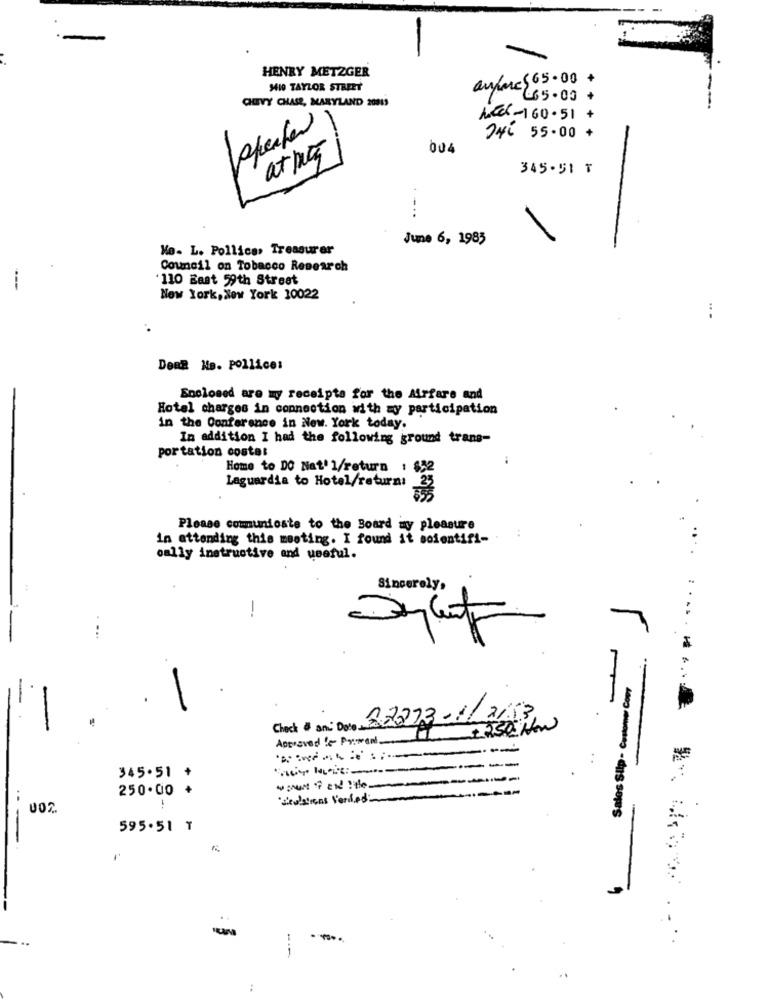
HENRY METZGER
anfore$65.00 +
MIO TAYLOR STREET
CHEVY CHASE, MARYLAND 2001)
665.00+
heel-160.51 +
246 55.00 +
004
at jeg
345-51 T
-..
June 6, 1985
Mo. L. Pollice, Treasurer
Council on Tobacco Research
'110 East 59th Street
New York, New York 10022
DeRE No. Pollice:
Enclosed are my receipts for the Airfare and
Hotel charges in connection with zy participation
in the Conference in New. York today.
In addition I had the following ground trans-
portation costa:
Home to DO Nat'l/return : $52
33
Laguardia to Hotel/return:
Please comunioste to the Board my pleasure
in attending this meeting. I found it soientifi-
. :
oally instructive and useful.
Sincerely,
--
7
Sales Slip- Costomer Coup
Check # and Dote 22273-1/2/13
+250 Hon
Approved ! Primen-
---
----
345.51 +
-----
250.00 +
decisions Verdadin
-----
595.51 T
-
--.